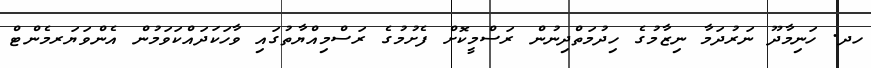
ހދ. ހަނިމާދޫ ނަރުދަމާ ނިޒާމުގެ ހިދުމަތްދިނުން ރަސްމީކޮށް ފެށުމުގެ ރަސްމިއްޔާތުގައި ވާހަކަދައްކަވަމުން އެންވަޔަރމެންޓް